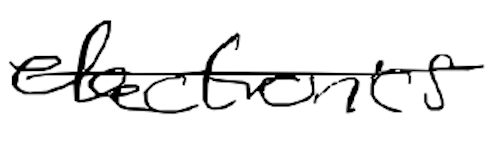
Text: electronics
Cross-out: single-line
Writing tool: digital_black